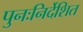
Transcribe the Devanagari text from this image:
पुनःनिर्देशित